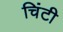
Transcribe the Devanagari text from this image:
चिंटी